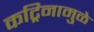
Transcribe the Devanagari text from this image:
कट्रिनामुळे